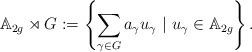
LaTeX: \begin{align*}{\Bbb A}_{2g}\rtimes G:= \left\{\sum_{\gamma\in G} a_{\gamma} u_{\gamma} ~|~ u_{\gamma}\in {\Bbb A}_{2g}\right\}. \end{align*}